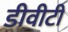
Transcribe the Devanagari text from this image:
डीवीटी